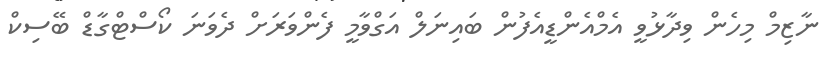
ނާޒިމް މިހެން ވިދާޅުވީ އެމްއެންޑީއެފުން ބައިނަލް އަގްވާމީ ފެންވަރަށް ދެވަނަ ކޯސްޓްގާޑް ބޭސިކް